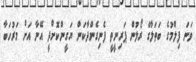
ވަނަ ފިލްމުގެ ބަތަލާގެ ރޯލުން ޕަރިނީތީ ފެނިގެންދާކަން ޔަގީންކޮށްދީ އޭނާ އަށް މަރުހަބާ